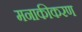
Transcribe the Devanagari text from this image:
मनाकीकरण